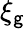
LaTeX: \xi_{\mathsf{g}}